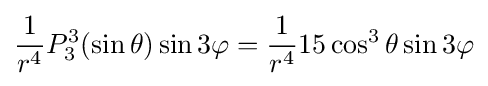
{\frac {1}{r^{4}}}P_{3}^{3}(\sin \theta )\sin 3\varphi ={\frac {1}{r^{4}}}15\cos ^{3}\theta \sin 3\varphi